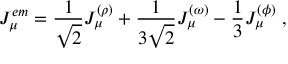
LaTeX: J _ { \mu } ^ { e m } = \frac { 1 } { \sqrt { 2 } } J _ { \mu } ^ { ( \rho ) } + \frac { 1 } { 3 \sqrt { 2 } } J _ { \mu } ^ { ( \omega ) } - \frac { 1 } { 3 } J _ { \mu } ^ { ( \phi ) } \; ,